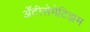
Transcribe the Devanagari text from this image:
अँटीसेमेटिझम